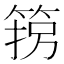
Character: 箉